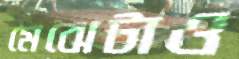
মেঝেটাও